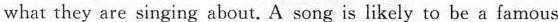
what they are singing about. A song is likely to be a famous